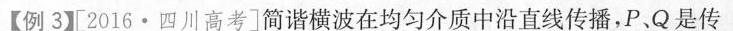
【例3】[2016·四川高考]简谐横波在均匀介质中沿直线传播，P、Q是传